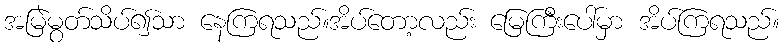
အမြဲမွတ်သိပ်၍သာ နေကြရသည်။အိပ်တော့လည်း မြေကြီးပေါ်မှာ အိပ်ကြရသည်။